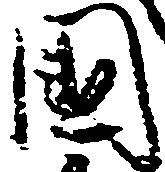
国